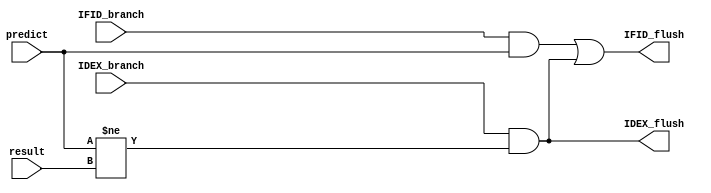
module Flush_Control(
    input           IFID_branch,
    input           IDEX_branch,
    input           predict,
    input           result,
    output          IFID_flush,
    output          IDEX_flush
);

assign IFID_flush = (IFID_branch && predict) || (IDEX_branch && (predict != result));
assign IDEX_flush = (IDEX_branch && (predict != result));

endmodule